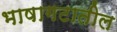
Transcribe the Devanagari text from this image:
भाषागटातील